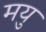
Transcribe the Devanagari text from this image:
मयु